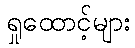
ရှုထောင့်များ